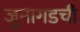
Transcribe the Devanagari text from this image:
जुनागडची